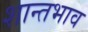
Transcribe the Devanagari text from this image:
शान्तभाव